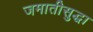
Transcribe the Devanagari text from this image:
जमातीसुद्धा